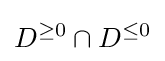
D^{\geq 0}\cap D^{\leq 0}